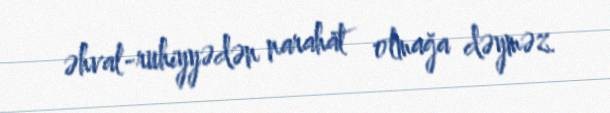
əhval-ruhiyyədən narahat olmağa dəyməz.